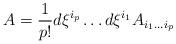
LaTeX: \begin{align*}A={1\over p!}d\xi^{i_p}\dots d\xi^{i_1} A_{i_1\dots i_p}\end{align*}